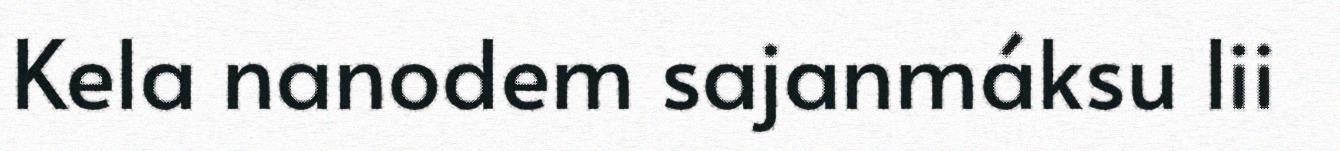
Kela nanodem sajanmáksu lii